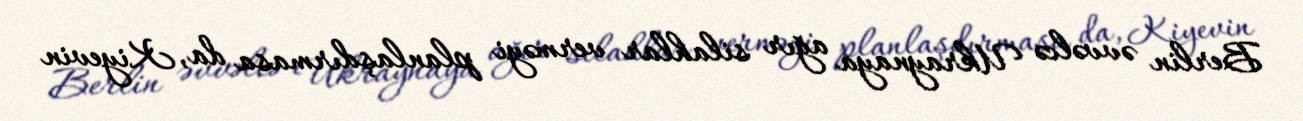
Berlin əvvəlcə Ukraynaya ağır silahlar verməyi planlaşdırmasa da, Kiyevin